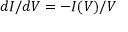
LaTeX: d I / d V = - I ( V ) / V